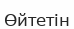
Өйтетін